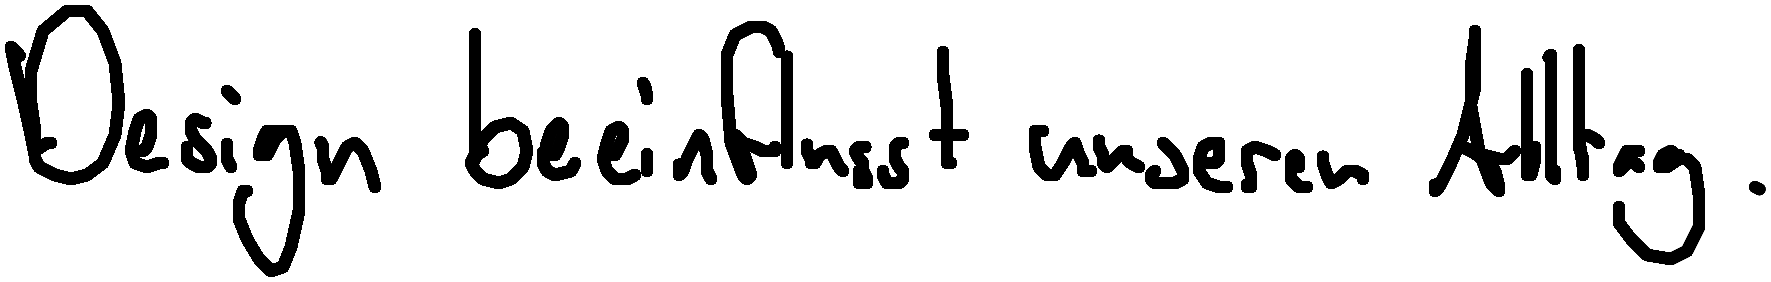
Design beeinflusst unseren Alltag.